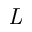
\textit { L }